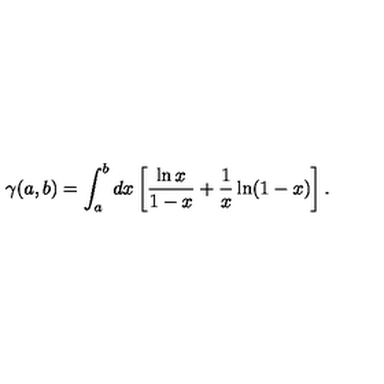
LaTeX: \gamma ( a , b ) = \int _ { a } ^ { b } d x \left[ \frac { \ln x } { 1 - x } + \frac { 1 } { x } \ln ( 1 - x ) \right] .